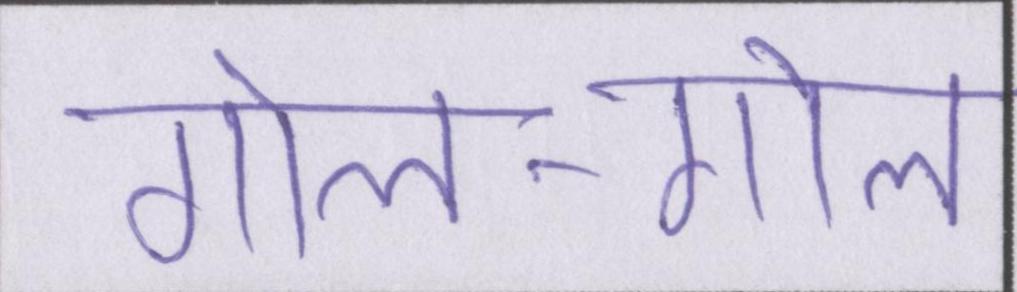
गोल-गोल